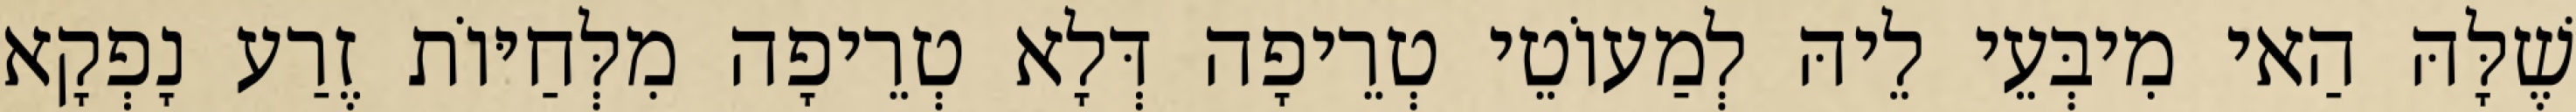
שֶׁלָּהּ הַאי מִיבְּעֵי לֵיהּ לְמַעוֹטֵי טְרֵיפָה דְּלָא טְרֵיפָה מִלְּחַיּוֹת זֶרַע נָפְקָא